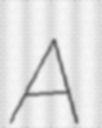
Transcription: A